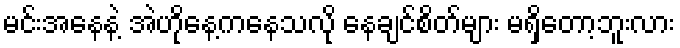
မင်းအနေနဲ့ အဲဟိုနေ့ကနေသလို နေချင်စိတ်များ မရှိတော့ဘူးလား